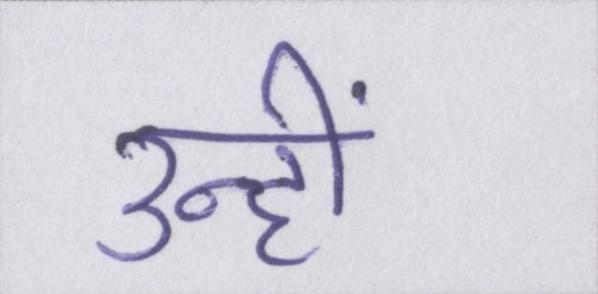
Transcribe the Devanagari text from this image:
उन्हीं